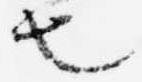
也